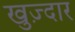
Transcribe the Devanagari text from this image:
खुज़्दार